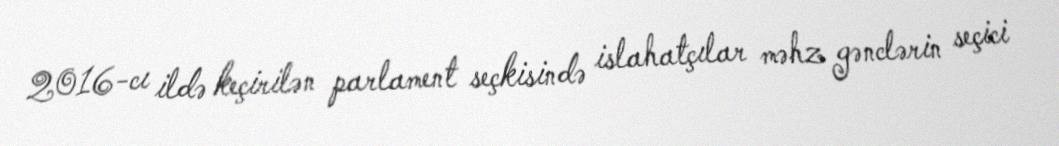
2016-cı ildə keçirilən parlament seçkisində islahatçılar məhz gənclərin seçici